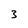
Character: 3